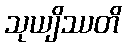
သုယျိဿတိ